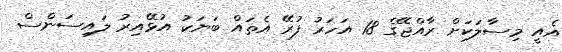
އެއީ މިސާލަކަށް ރާއްޖޭގެ 18 އަހަރު ފުރޭ އެތައް ބަޔަކު އުޅޭއިރު ލައިސަންސް